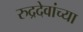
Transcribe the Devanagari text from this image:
रुद्रदेवांच्या